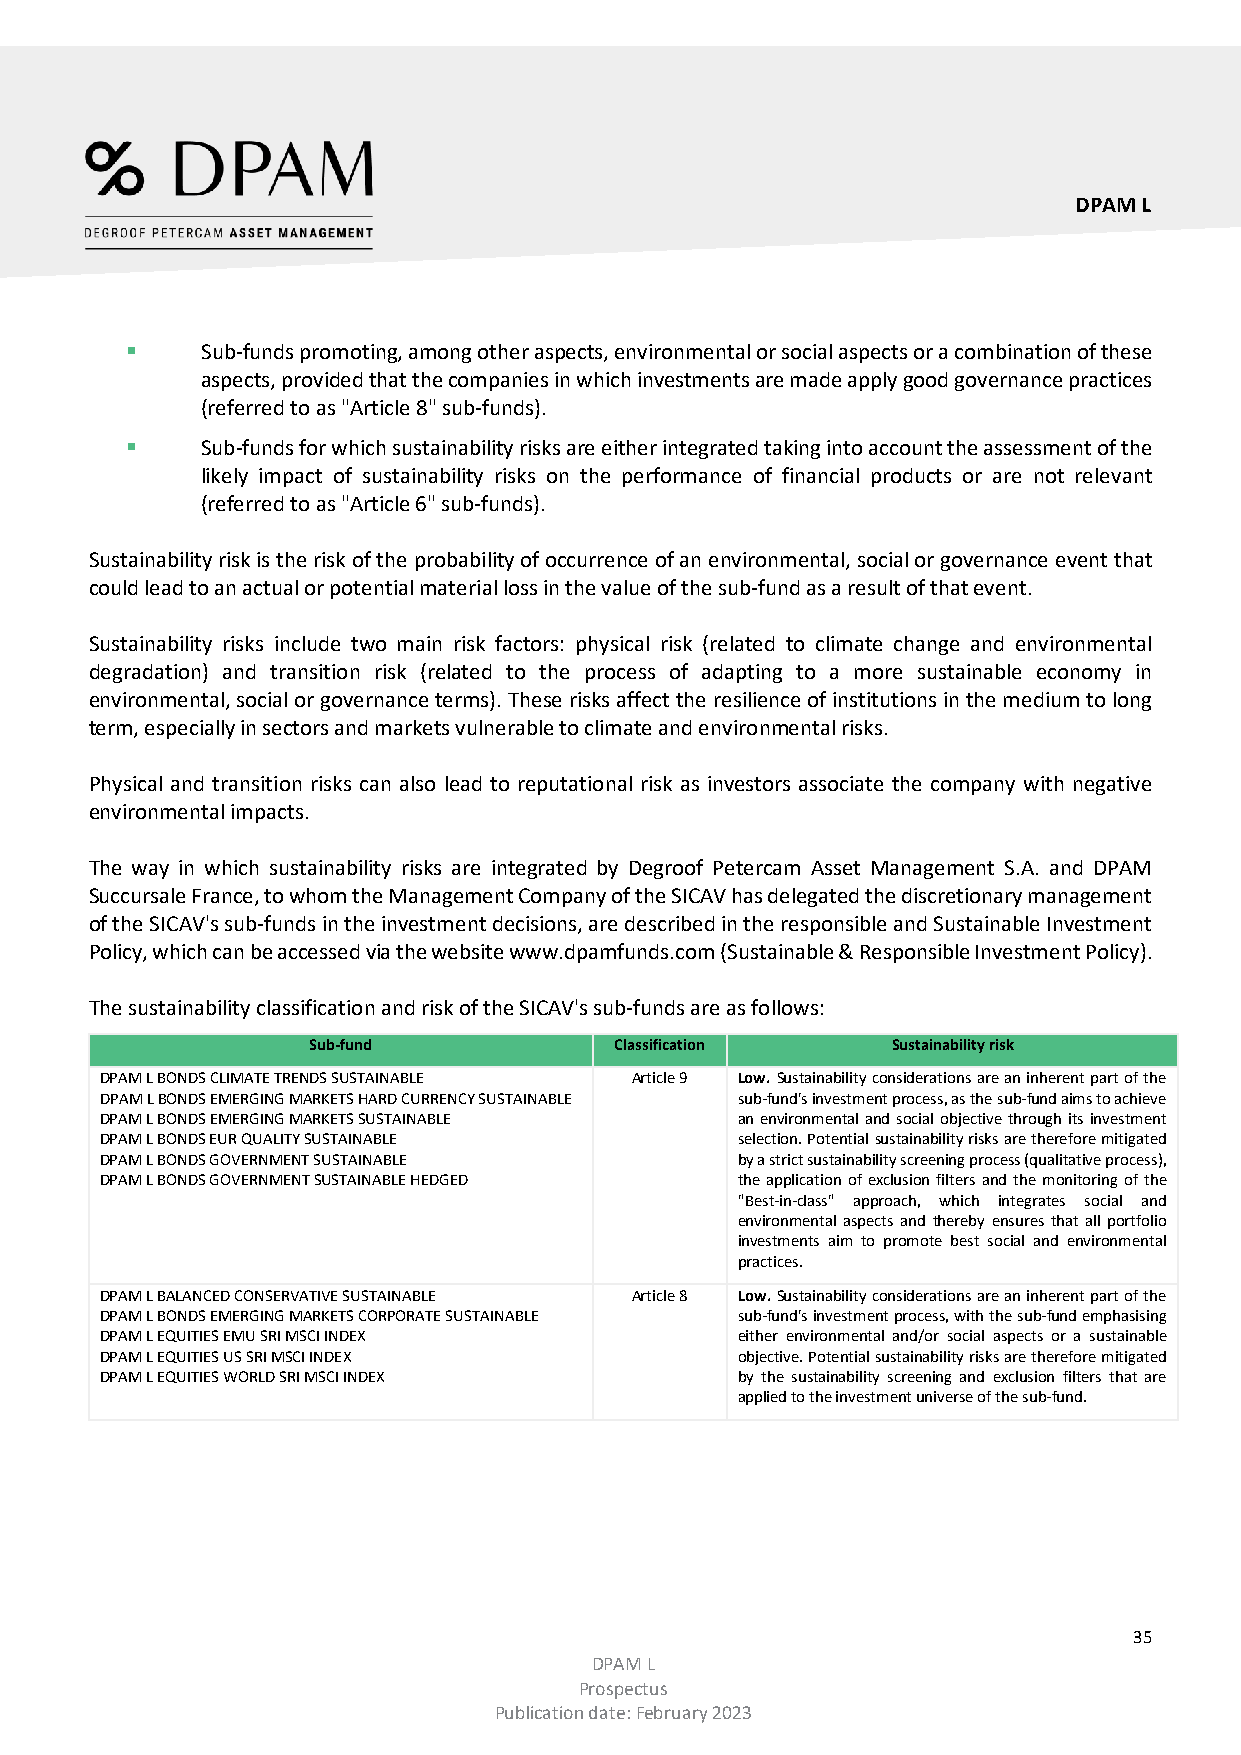
DPAM L
     Sub-funds promoting, among other aspects, environmental or social aspects or a combination of these
 aspects, provided that the companies in which investments are made apply good governance practices
 (referred to as "Article 8" sub-funds).
     Sub-funds for which sustainability risks are either integrated taking into account the assessment of the
 likely impact of sustainability risks on the performance of financial products or are not relevant
 (referred to as "Article 6" sub-funds).
 Sustainability risk is the risk of the probability of occurrence of an environmental, social or governance event that
 could lead to an actual or potential material loss in the value of the sub-fund as a result of that event.
 Sustainability risks include two main risk factors: physical risk (related to climate change and environmental
 degradation) and transition risk (related to the process of adapting to a more sustainable economy in
 environmental, social or governance terms). These risks affect the resilience of institutions in the medium to long
 term, especially in sectors and markets vulnerable to climate and environmental risks.
 Physical and transition risks can also lead to reputational risk as investors associate the company with negative
 environmental impacts.
 The way in which sustainability risks are integrated by Degroof Petercam Asset Management S.A. and DPAM
 Succursale France, to whom the Management Company of the SICAV has delegated the discretionary management
 of the SICAV's sub-funds in the investment decisions, are described in the responsible and Sustainable Investment
 Policy, which can be accessed via the website www.dpamfunds.com (Sustainable & Responsible Investment Policy).
 The sustainability classification and risk of the SICAV's sub-funds are as follows:
 Sub-fund             Classification    Sustainability risk
 DPAM L BONDS CLIMATE TRENDS SUSTAINABLE Article 9 Low. Sustainability considerations are an inherent part of the
 DPAM L BONDS EMERGING MARKETS HARD CURRENCY SUSTAINABLE sub-fund's investment process, as the sub-fund aims to achieve
 DPAM L BONDS EMERGING MARKETS SUSTAINABLE an environmental and social objective through its investment
 DPAM L BONDS EUR QUALITY SUSTAINABLE      selection. Potential sustainability risks are therefore mitigated
 DPAM L BONDS GOVERNMENT SUSTAINABLE       by a strict sustainability screening process (qualitative process),
 DPAM L BONDS GOVERNMENT SUSTAINABLE HEDGED the application of exclusion filters and the monitoring of the
 "Best-in-class" approach, which integrates social and
 environmental aspects and thereby ensures that all portfolio
 investments aim to promote best social and environmental
 practices.
 DPAM L BALANCED CONSERVATIVE SUSTAINABLE Article 8 Low. Sustainability considerations are an inherent part of the
 DPAM L BONDS EMERGING MARKETS CORPORATE SUSTAINABLE sub-fund's investment process, with the sub-fund emphasising
 DPAM L EQUITIES EMU SRI MSCI INDEX        either environmental and/or social aspects or a sustainable
 DPAM L EQUITIES US SRI MSCI INDEX         objective. Potential sustainability risks are therefore mitigated
 DPAM L EQUITIES WORLD SRI MSCI INDEX      by the sustainability screening and exclusion filters that are
 applied to the investment universe of the sub-fund.
 35
 DPAM L
 Prospectus
 Publication date: February 2023